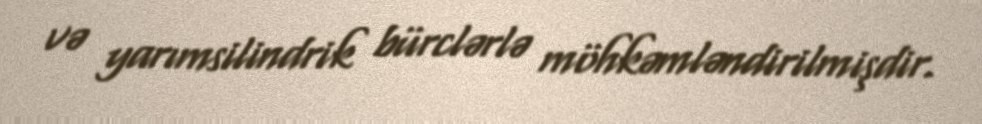
və yarımsilindrik bürclərlə möhkəmləndirilmişdir.